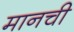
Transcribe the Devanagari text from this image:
मानची